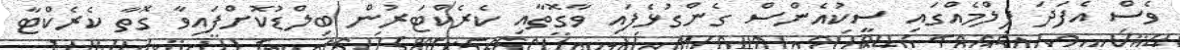
ވެސް އެފަދަ ފިލްމެއްގައި ސީކުއެންސް ގެންގުޅެފައި ވާގޮތާއި ކެރެކްޓަރުން ބިލްޑުކޮށްފައިވާ ގޮތާ ކެރެކްޓާ